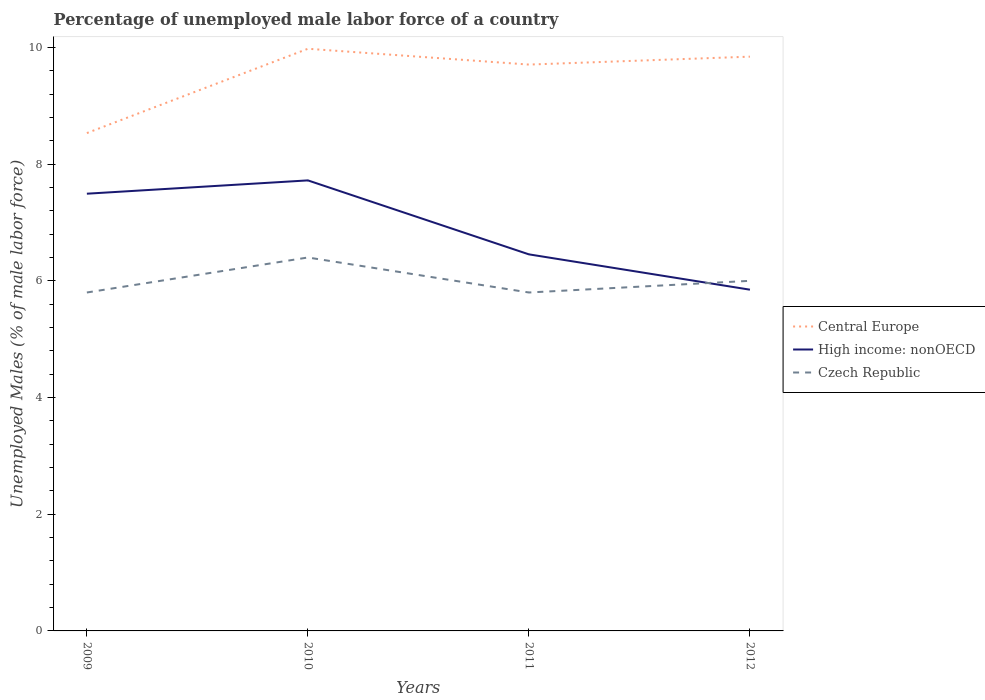
| Years | Central Europe | High income: nonOECD | Czech Republic |
 | --- | --- | --- | --- |
 | 2009 | 8.53 | 7.49 | 5.8 |
 | 2010 | 9.98 | 7.72 | 6.4 |
 | 2011 | 9.71 | 6.45 | 5.8 |
 | 2012 | 9.84 | 5.85 | 6 |